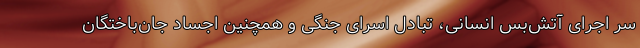
سر اجرای آتش‌بس انسانی، تبادل اسرای جنگی و همچنین اجساد جان‌باختگان